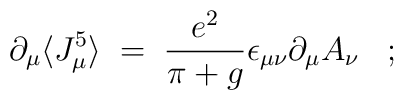
\partial_\mu \langle J_\mu^5 \rangle \;=\; \frac{e^2}{\pi+g} \epsilon_{\mu\nu} \partial_{\mu} A_{\nu} \;\;\;;